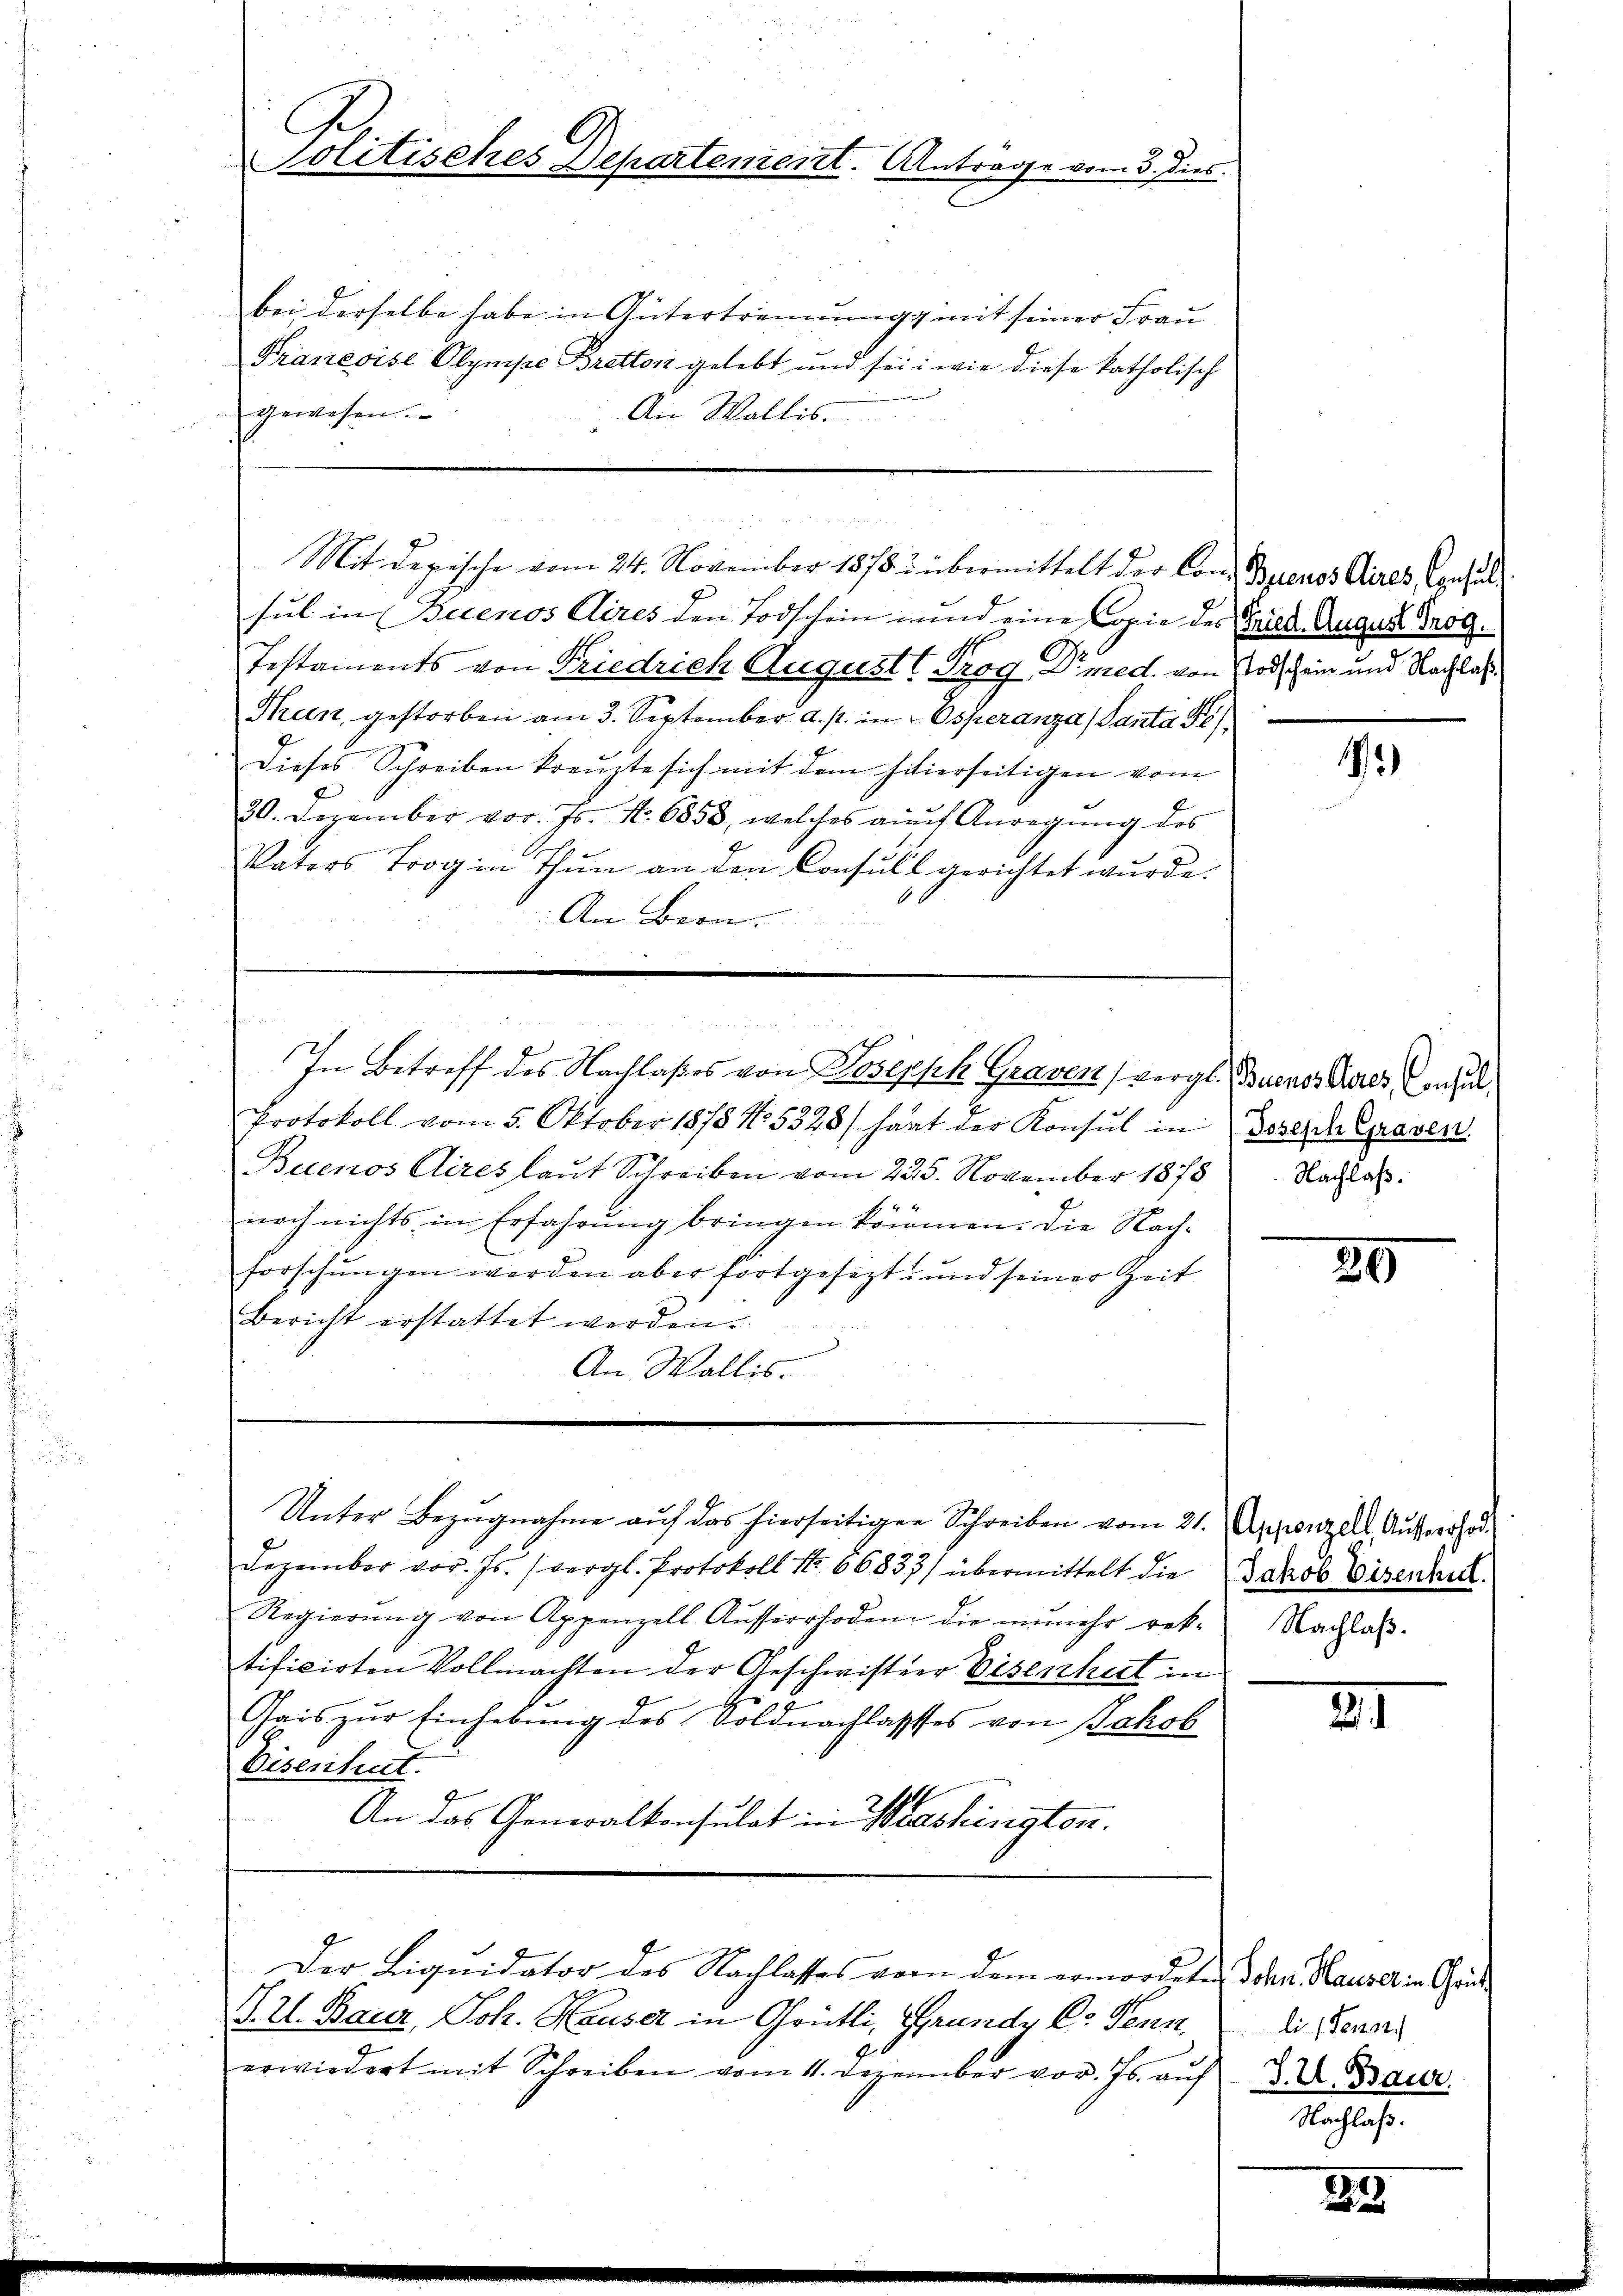
bei derselbe habe in Gütertrennungg mit seiner Frau
Francoise Olympe Bretton gelebt und sei: wie diese katholisch
gewesen.
Ain Wallis.

sul in Buenos Aires den Todschein und eine Copie des Friede August Trog
Testaments von Friedrich August 1 Trog Dr med. von Todschein und Nachlaß¬
Theen, gestorben am 3. September a. p. in Osperanza (Santa
Dieses Schreiben kreuzte sich mit dem sitierseitigen vom
30. Dezember vor. Js. No. 6858, welches auch Anregŭng des
Vaters Trog in Thun an den Consull gerichtet wurde.
An Bern.

e
In Betreff des Nachlaßes von Joseph Graven (Vergl. Buenos Aires Consul
9
Protokoll vom 5. Oktober 1878 No. 3328/ haat der Konsul in Depesch Graven
Buenos Airez laut Schreiben vom 225. November 1878
noch nichts in Erfahrung bringen können. Die Nachforschungen werden aber fortgesezt, und seiner Zeit
Bericht erstattet werden.
An Wallis.

Politisches Departement. Antrage vom 3. dies

Mit depische vom 24. November 1878 u. übermittelt der Con¬ Buenos Aires Consul

Unter Bezŭgnahme aŭf das hierseitigen Schreiben vom 21. Appenzell Ausverhand¬
Dezember vor. Js. (vergl. Protokoll No 66833/ übermittelt die Jakob Eisenheit.
Regierŭng von Appenzell Aŭsserrhoden die ŭnmehr rek-
tificirten Vollmachten der Geschwister Eisenheit in
Gais zur Einhebung des Soldnachlasses von Jakob
Eisenheit.
An das Generalkonsulat in Washington.
Der Liquidator des Nachlasses vor dem ermordeten Schen Hause in Gri
V. Z. Baur, Joh. Hauser in Grütli, Grunde C. Fenn
erwiedert mit Schreiben vom 11. Dezember vor. Js. auf 3. d. Baur

1

Nachlaß.

29

Nachlaß.

21

li (Fenst
Nachlaß.

22